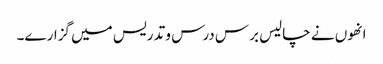
انھوں نے چالیس برس درس و تدریس میں گزارے۔